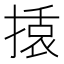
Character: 𭡿